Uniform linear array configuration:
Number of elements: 4
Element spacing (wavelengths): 0.5
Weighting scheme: hann
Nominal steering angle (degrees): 60
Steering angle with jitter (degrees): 59.212
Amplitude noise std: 0.05
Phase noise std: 0.05

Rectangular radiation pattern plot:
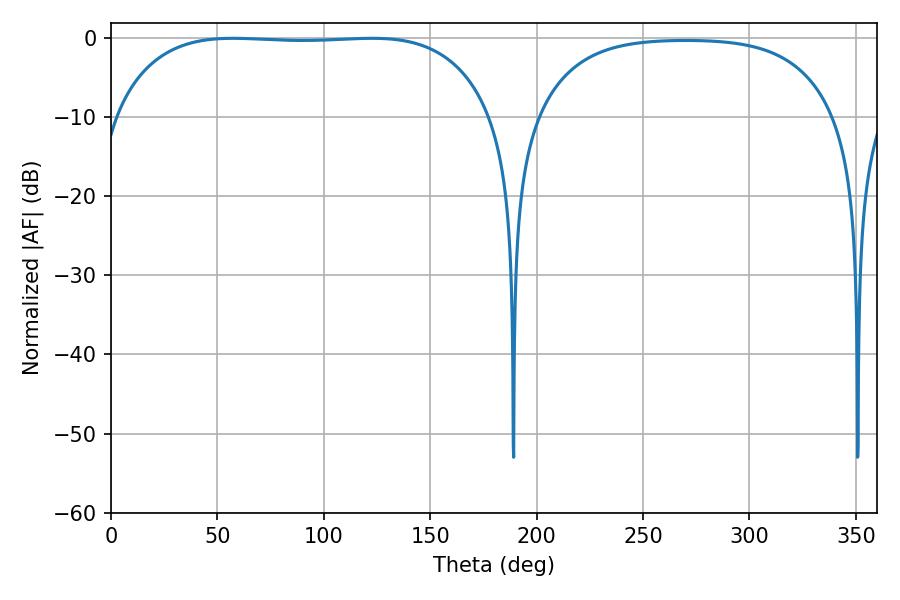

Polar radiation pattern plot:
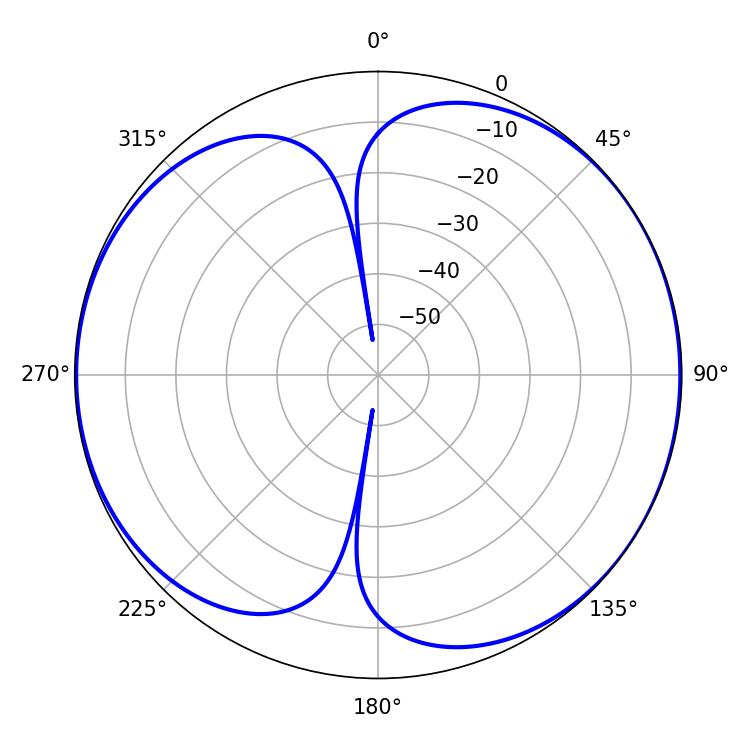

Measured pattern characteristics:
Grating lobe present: FALSE
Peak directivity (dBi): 6.715
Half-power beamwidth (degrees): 139.68
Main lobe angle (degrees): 57.42